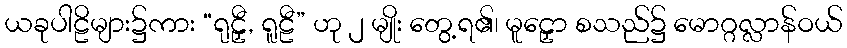
ယခုပါဠိများ၌ကား “ရုဠှီ, ရူဠီ” ဟု ၂ မျိုး တွေ့ရ၏၊ မူဠှော စသည်၌ မောဂ္ဂလ္လာန်ဝယ်